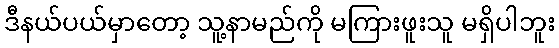
ဒီနယ်ပယ်မှာတော့ သူ့နာမည်ကို မကြားဖူးသူ မရှိပါဘူး